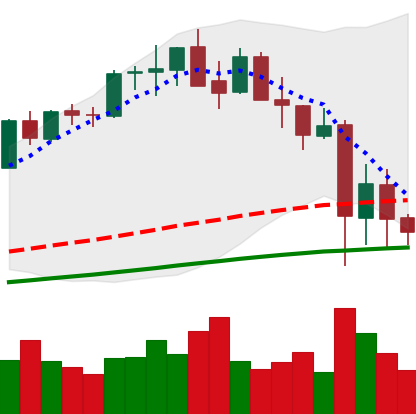
Ticker: ETH-USD
Chart end date: 2021-05-22
Forward return: 19.2%
Label: up_7plus